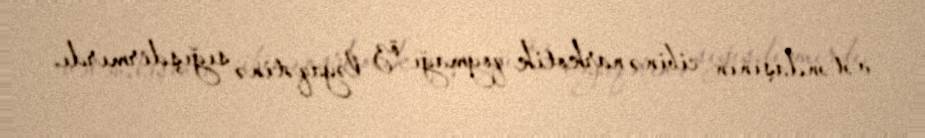
vətəndaşının cibinə narkotik qoymağı öz ləyaqətinə sığışdırmırdı.